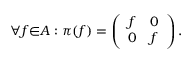
{ \forall } f { \in } A : { \pi } ( f ) = \left( \begin{array} { c c } { { f } } & { { 0 } } \\ { { 0 } } & { { f } } \end{array} \right) .